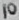
Text: 10